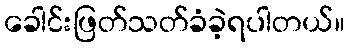
ခေါင်းဖြတ်သတ်ခံခဲ့ရပါတယ်။